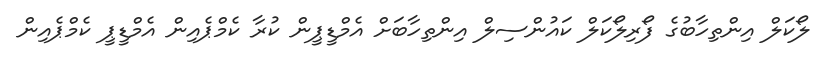
ލޯކަލް އިންތިހާބުގެ ފޯރިލޯކަލް ކައުންސިލް އިންތިހާބަށް އެމްޑީޕީން ކުރާ ކެމްޕެއިން އެމްޑީޕީ ކެމްޕެއިން